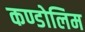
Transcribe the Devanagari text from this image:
कण्डोलिम